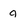
Character: g